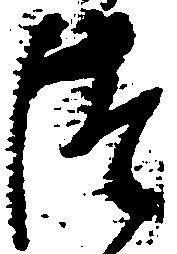
つ